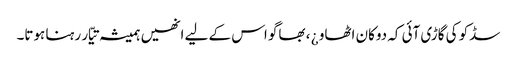
سڈکو کی گاڑی آئی کہ دوکان اٹھاو ¿ ، بھاگو اس کے لیے انھیں ہمیشہ تیّار رہنا ہوتا۔